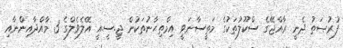
ފުރުޞަތު ދެނީ ރާއްޖޭގެ ސްކޫލުތަކުގެ މަތީސާނަވީ އިމްތިޙާނުތަކުން ޖީ.ސީ.އީ އޭލެވެލްގެ 3 މާއްދާއިންނާއި